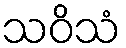
သဝိသံ